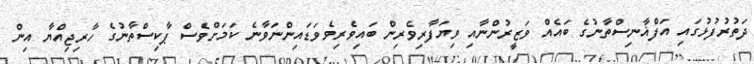
ދަތުރުފުޅުގައި އަފްޣާނިސްތާނުގެ ބައެއް ވަޒީރުންނާއި ވިޔަފާރިވެރިން ބައިވެރިވެވަޑައިންނަވާނެ ކަމަށްވެސް ޕާކިސްތާނުގެ ހާރިޖިއްޔާ އިން